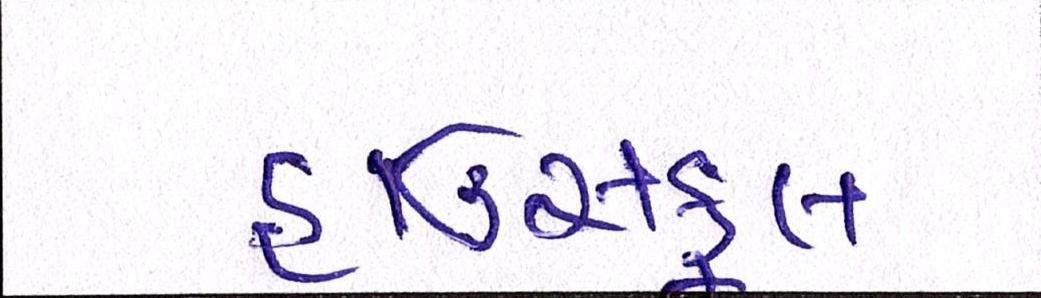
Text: હાઉસફૂલ